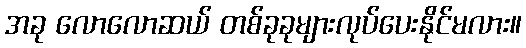
အခု လောလောဆယ် တစ်ခုခုများလုပ်ပေးနိုင်မလား။